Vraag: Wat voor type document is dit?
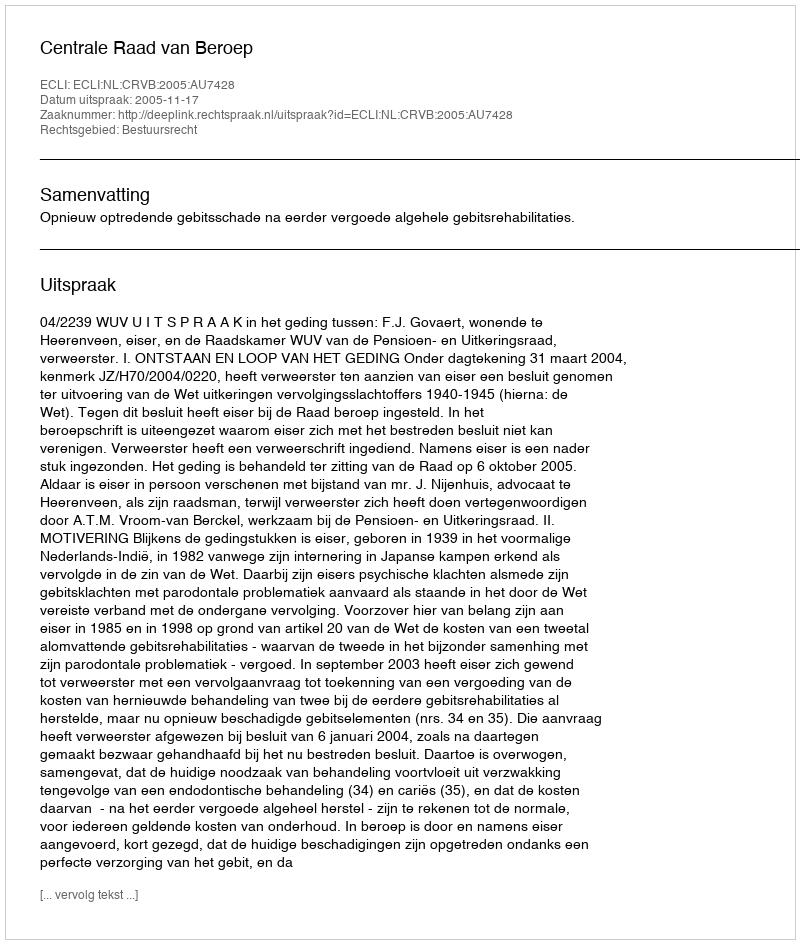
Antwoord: Uitspraak